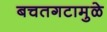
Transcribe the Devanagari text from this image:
बचतगटामुळे